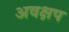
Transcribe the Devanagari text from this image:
अवक्षप